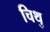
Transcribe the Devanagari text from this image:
चिथु